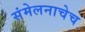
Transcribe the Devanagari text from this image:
संमेलनाचेच